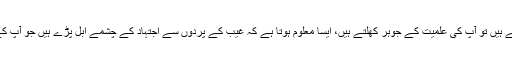
جب آپ کسی موضوع پر قلم اُٹھاتے ہیں تو آپ کی علمیت کے جوہر کھلتے ہیں، ایسا معلوم ہوتا ہے کہ غیب کے پردوں سے اجتہاد کے چشمے اُبل پڑے ہیں جو آپ کے باغِ علم کی آبیاری کررہے ہیں۔